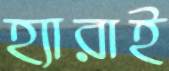
হ্যারাই